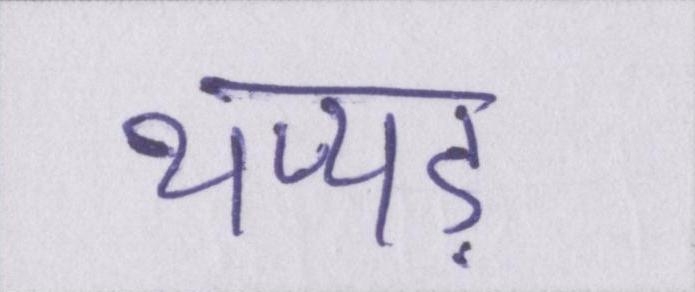
थप्पड़